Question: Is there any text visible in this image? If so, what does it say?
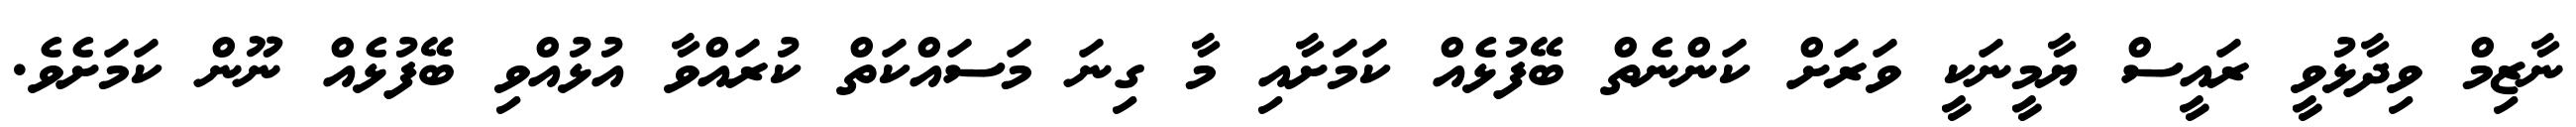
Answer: ނާޒިމް ވިދާޅުވީ ރައީސް ޔާމީނަކީ ވަރަށް ކަންނެތް ބޭފުޅެއް ކަމަށާއި މާ ގިނަ މަސައްކަތް ކުރައްވާ އުޅުއްވި ބޭފުޅެއް ނޫން ކަމަށެވެ.